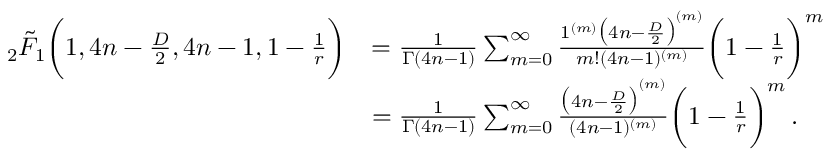
\begin{array} { r l } { \, _ { 2 } \tilde { F } _ { 1 } \bigg ( 1 , 4 n - \frac { D } { 2 } , 4 n - 1 , 1 - \frac { 1 } { r } \bigg ) } & { = \frac { 1 } { \Gamma ( 4 n - 1 ) } \sum _ { m = 0 } ^ { \infty } \frac { 1 ^ { ( m ) } \big ( 4 n - \frac { D } { 2 } \big ) ^ { ( m ) } } { m ! ( 4 n - 1 ) ^ { ( m ) } } \bigg ( 1 - \frac { 1 } { r } \bigg ) ^ { m } } \\ & { = \frac { 1 } { \Gamma ( 4 n - 1 ) } \sum _ { m = 0 } ^ { \infty } \frac { \big ( 4 n - \frac { D } { 2 } \big ) ^ { ( m ) } } { ( 4 n - 1 ) ^ { ( m ) } } \bigg ( 1 - \frac { 1 } { r } \bigg ) ^ { m } \, . } \end{array}